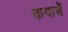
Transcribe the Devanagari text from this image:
कयाचें